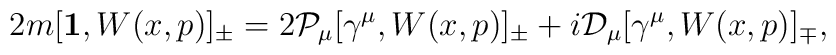
2m [{\bf 1}, W(x,p)]_\pm  =  2 {\mathcal P}_\mu [ \gamma^\mu , W(x,p)]_\pm  + i{\mathcal D}_\mu [\gamma^\mu , W(x,p)]_\mp ,